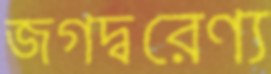
জগদ্বরেণ্য